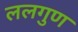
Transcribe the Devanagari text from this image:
ललगुण